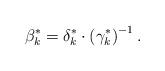
LaTeX: \begin{align*}{\beta^*_{k}} = {\delta^*_{k}} \cdot \left( {\gamma^*_{k}}\right)^{-1}.\end{align*}